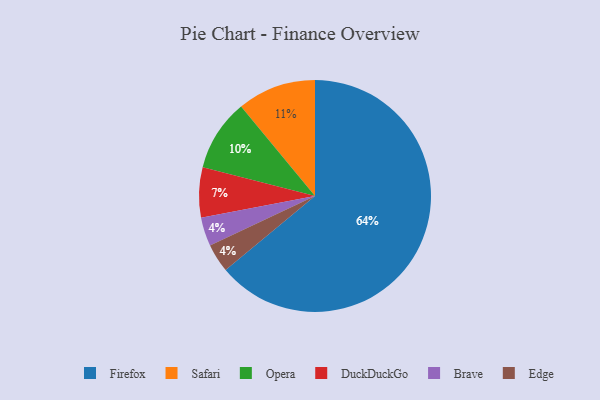
{"axis": {"x": "Category", "y": "Percentage"}, "legend": ["Brave", "DuckDuckGo", "Edge", "Firefox", "Opera", "Safari"], "data": [{"x": "Brave", "y": 4, "type": "Brave"}, {"x": "Edge", "y": 4, "type": "Edge"}, {"x": "Safari", "y": 11, "type": "Safari"}, {"x": "DuckDuckGo", "y": 7, "type": "DuckDuckGo"}, {"x": "Opera", "y": 10, "type": "Opera"}, {"x": "Firefox", "y": 64, "type": "Firefox"}]}